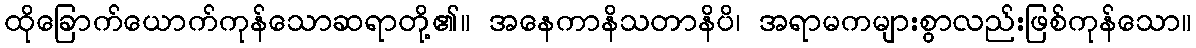
ထိုခြောက်ယောက်ကုန်သောဆရာတို့၏။ အနေကာနိသတာနိပိ၊ အရာမကများစွာလည်းဖြစ်ကုန်သော။